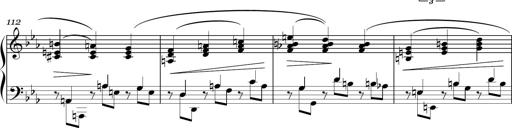
Title: Sonatina in E minor
Composer: Shuwen Zhang
Key: E minor